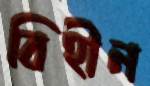
বিহীন